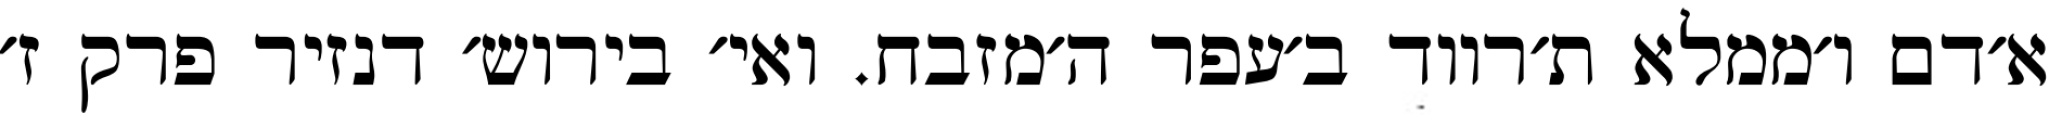
א׳דם ו׳ממלא ת׳רווד ב׳עפר ה׳מזבח. ואי׳ בירוש׳ דנזיר פרק ז׳